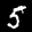
Label: 5